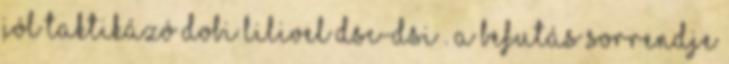
jól taktikázó Dobi Lilivel DSC-DSI . A befutás sorrendje